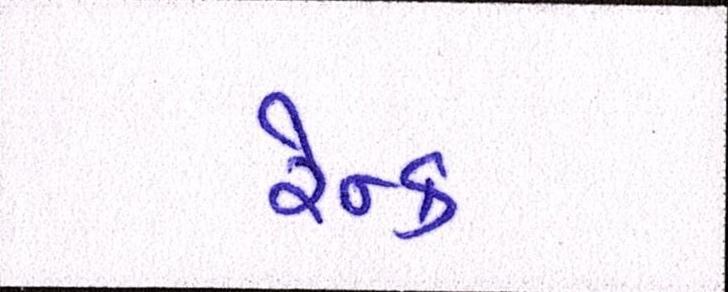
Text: રેન્ક